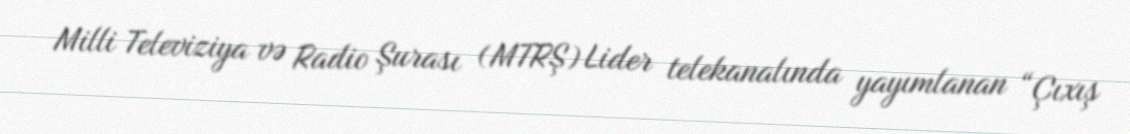
Milli Televiziya və Radio Şurası (MTRŞ) Lider telekanalında yayımlanan “Çıxış